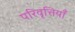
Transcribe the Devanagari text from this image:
परिवृत्तियाँ